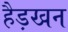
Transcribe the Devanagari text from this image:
हैड़खन